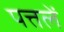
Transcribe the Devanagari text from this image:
पत्तलें